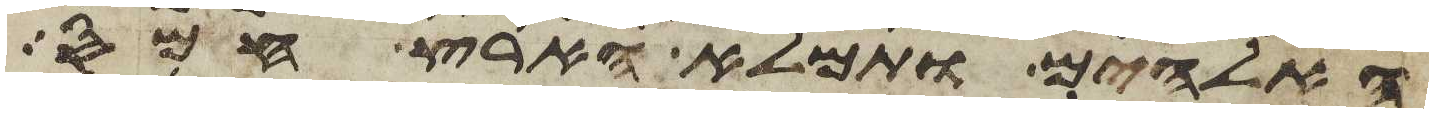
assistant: האלהים ותמלא הארץ חמס